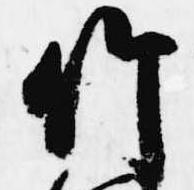
竹